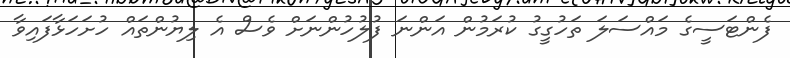
ފެންޓަސީގެ މައްސަލަ ތަހުގީގު ކުރަމުން އަންނަ ފުލުހުންނަށް ވެސް އެ ލިޔުންތައް ހުށަހަޅާފައިވާ